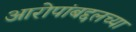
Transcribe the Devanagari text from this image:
आरोपांबद्दलच्या